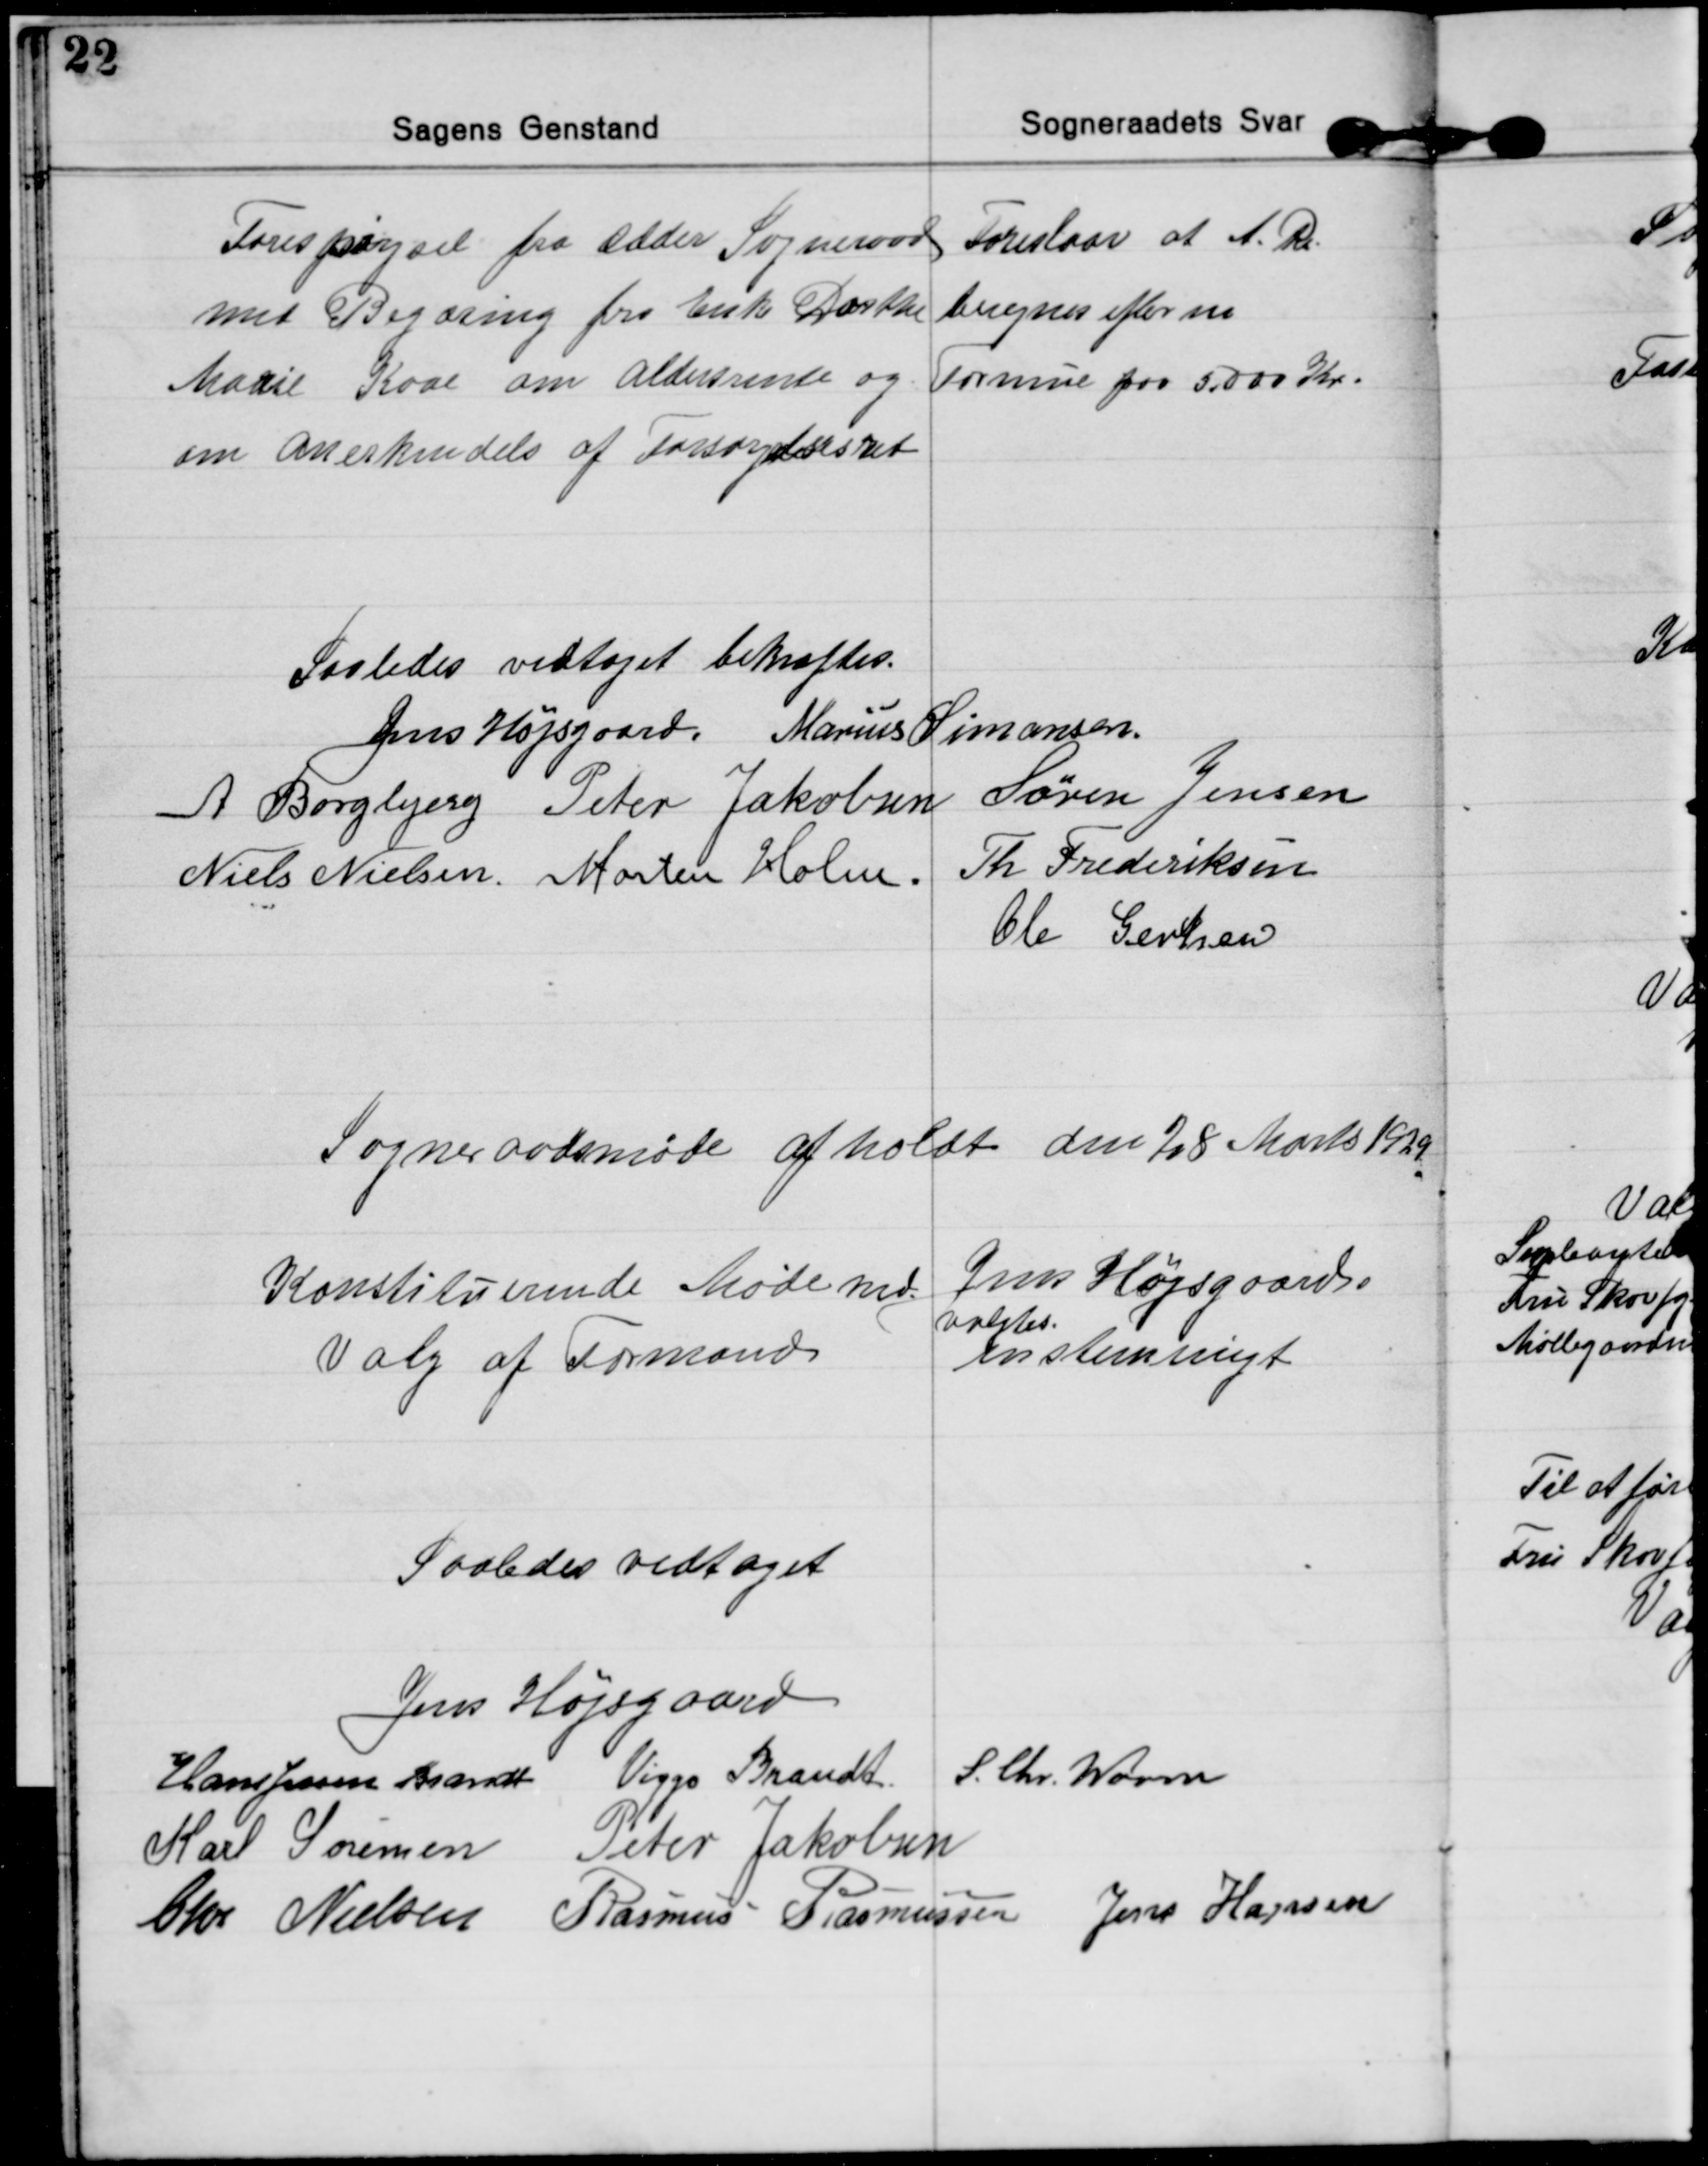
Transskription:
Forespørgsel fra Odder Sogneraad
med Begæring fra Enke Dorthe
Marie Kaae om aldersrente og
om anerkendels af Forsørgelsesret
Foreslaar at A. R.
beregnes efter en
Formue paa 5.000 Kr.

Saaledes vedtaget bekræftes.
Jens Højsgaard. Marius Simonsen.
A Borgbjerg Peter Jakobsen Søren Jensen
Niels Nielsen Morten Holm. Th Frederiksen
Ole Gertsen

Sogneraadsmøde afholdt den 28 Marts 1929

Konstituerende Møde md.
Valg af Formand
Jens Højsgaard
valgtes.
enstemmigt

Saaledes vedtaget

Jens Højsgaard
Hans Jensen Brandt Viggo Brandt.
S. Chr. Worm
Karl Sørensen Peter Jakobsen
Chr Nielsen Rasmus Rasmussen Jens Hansen